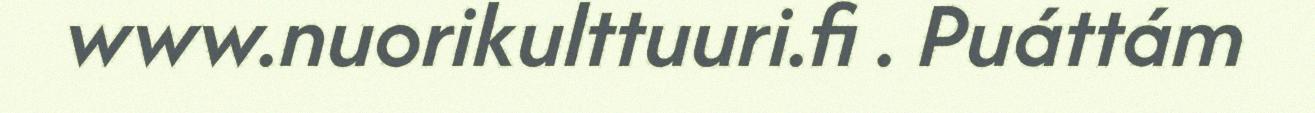
www.nuorikulttuuri.fi . Puáttám